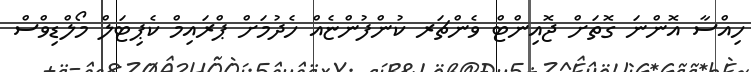
ހިއްސާ އޮންނަ ގޮތަށް ޖޮއިންޓް ވެންޗަރ ކުންފުންޏެއް ހެދުމަށް ޕްރައިމް ކެޕިޓަލް މޯލްޑިވްސް